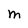
Character: M